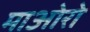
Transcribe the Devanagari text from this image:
माओरो